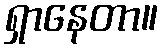
ရှာနေတာ။